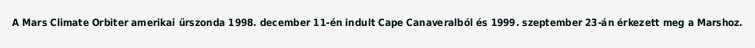
A Mars Climate Orbiter amerikai űrszonda 1998. december 11-én indult Cape Canaveralból és 1999. szeptember 23-án érkezett meg a Marshoz.